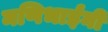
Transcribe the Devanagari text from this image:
मणिभाईंनी